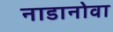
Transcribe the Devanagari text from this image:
नाडानोवा